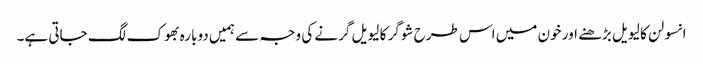
انسولن کا لیویل بڑھنے اور خون میں اس طرح شوگر کا لیویل گرنے کی وجہ سے ہمیں دوبارہ بھوک لگ جاتی ہے۔